Report of the Indian Hemp Drugs Commission, 1894-1895 - Volume V
Year: 1894
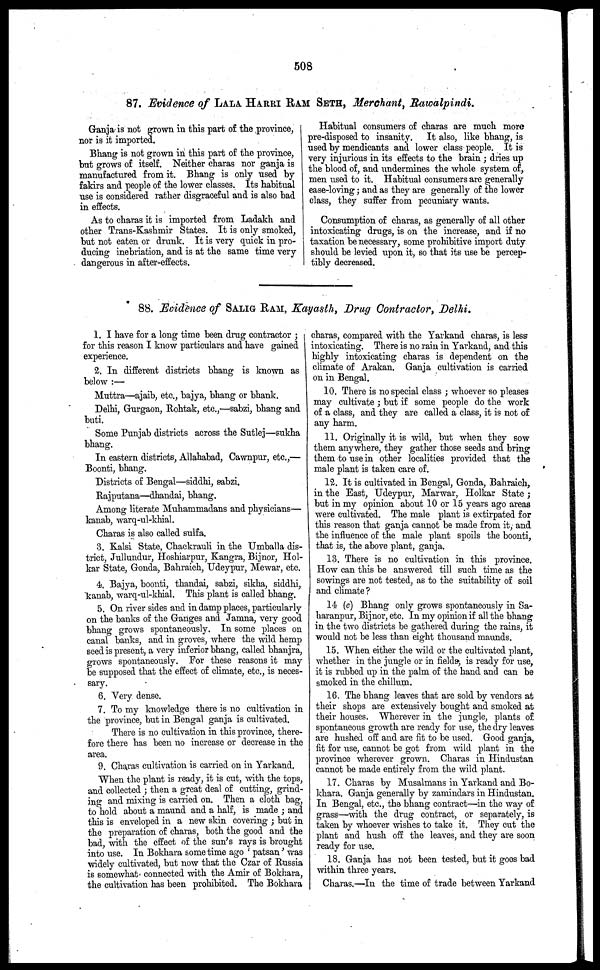
508
87. Evidence of LALA HARRI RAM SETH, Merchant, Rawalpindi.
Ganja is not grown in this part of the province,
nor is it imported.
Bhang is not grown in this part of the province,
but grows of itself. Neither charas nor ganja is
manufactured from it. Bhang is only used by
fakirs and people of the lower classes. Its habitual
use is considered rather disgraceful and is also bad
in effects.
As to charas it is imported from Ladakh and
other Trans-Kashmir States. It is only smoked,
but not eaten or drunk. It is very quick in pro-
ducing inebriation, and is at the same time very
dangerous in after-effects.
Habitual consumers of charas are much more
pre-disposed to insanity.
It also, like bhang, is
used by mendicants and lower class people. It is
very injurious in its effects to the brain ; dries up
the blood of, and undermines the whole system of,
men used to it. Habitual consumers are generally
ease-loving; and as they are generally of the lower
class, they suffer from pecuniary wants.
Consumption of charas, as generally of all other
intoxicating drugs, is on the increase, and if no
taxation be necessary, some prohibitive import duty
should be levied upon it, so that its use be percep-
tibly decreased.
88. Evidence of SALIG RAM, Kayasth, Drug Contractor, Delhi.
1. I have for a long time been drug contractor ;
for this reason I know particulars and have gained
experience.
2. In different districts bhang is known as
below :—
Muttra—ajaib, etc., bajya, bhang or bhank.
Delhi, Gurgaon, Rohtak, etc.,—sabzi, bhang and
buti.
Some Punjab districts across the Sutlej—sukha
bhang.
In eastern districts, Allahabad, Cawnpur, etc.,—
Boonti, bhang.
Districts of Bengal—siddhi, sabzi.
Rajputana—dhandai, bhang.
Among literate Muhammadans and physicians—
kanab, warq-ul-khial.
Charas is also called sulfa.
3. Kalsi State, Chackrauli in the Umballa dis-
trict, Jullundur, Hoshiarpur, Kangra, Bijnor, Hol-
kar State, Gonda, Bahraich, Udeypur, Mewar, etc.
4. Bajya, boonti, thandai, sabzi, siklia, siddhi,
kanab, warq-ul-khial. This plant is called bhang.
5. On river sides and in damp places, particularly
on the banks of the Ganges and Jamna, very good
bhang grows spontaneously. In some places on
canal banks, and in groves, where the wild hemp
seed is present, a very inferior bhang, called bhanjra,
grows spontaneously. For these reasons it may
be supposed that the effect of climate, etc., is neces-
sary.
6. Very dense.
7. To my knowledge there is no cultivation in
the province, but in Bengal ganja is cultivated.
There is no cultivation in this province, there-
fore there has been no increase or decrease in the
area.
9. Charas cultivation is carried on in Yarkand.
When the plant is ready, it is cut, with the tops,
and collected ; then a great deal of cutting, grind-
ing and mixing is carried on. Then a cloth bag,
to hold about a maund and a half, is made ; and
this is enveloped in a new skin covering ; but in
the preparation of charas, both the good and the
bad, with the effect of the sun's rays is brought
into use. In Bokhara some time ago ' patsan' was
widely cultivated, but now that the Czar of Russia
is somewhat connected with the Amir of Bokhara,
the cultivation has been prohibited. The Bokhara
charas, compared with the Yarkand charas, is less
intoxicating. There is no rain in Yarkand, and this
highly intoxicating charas is dependent on the
climate of Arakan. Ganja cultivation is carried
on in Bengal.
10. There is no special class ; whoever so pleases
may cultivate ; but if some people do the work
of a class, and they are called a class, it is not of
any harm.
11. Originally it is wild, but when they sow
them anywhere, they gather those seeds and bring
them to use in other localities provided that the
male plant is taken care of.
12. It is cultivated in Bengal, Gonda, Bahraich,
in the East, Udeypur, Marwar, Holkar State;
but in my opinion about 10 or 15 years ago areas
were cultivated. The male plant is extirpated for
this reason that ganja cannot be made from it, and
the influence of the male plant spoils the boonti,
that is, the above plant, ganja.
13. There is no cultivation in this province.
How can this be answered till such time as the
sowings are not tested, as to the suitability of soil
and climate?
14 (c) Bhang only grows spontaneously in Sa-
haranpur, Bijnor, etc. In my opinion if all the bhang
in the two districts be gathered during the rains, it
would not be less than eight thousand maunds.
15. When either the wild or the cultivated plant,
whether in the jungle or in fields, is ready for use,
it is rubbed up in the palm of the hand and can be
smoked in the chillum.
16. The bhang leaves that are sold by vendors at
their shops are extensively bought and smoked at
their houses. Wherever in the jungle, plants of
spontaneous growth are ready for use, the dry leaves
are hushed off and are fit to be used. Good ganja,
fit for use, cannot be got from wild plant in the
province wherever grown. Charas in Hindustan
cannot be made entirely from the wild plant.
17. Charas by Musalmans in Yarkand and Bo-
khara. Ganja generally by zamindars in Hindustan.
In Bengal, etc., the bhang contract—in the way of
grass—with the drug contract, or separately, is
taken by whoever wishes to take it. They cut the
plant and hush off the leaves, and they are soon
ready for use.
18. Ganja has not been tested, but it goes bad
within three years.
Charas.—In the time of trade between Yarkand